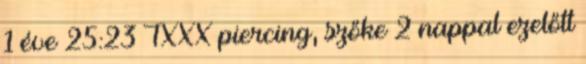
1 éve 25:23 TXXX piercing, szőke 2 nappal ezelőtt